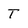
Character: T